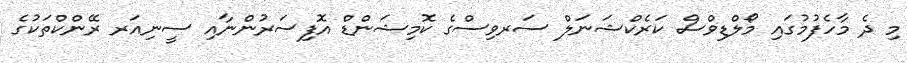
މި ދެ މާހެފުމުގައި މޯލްޑިވްސް ކަރެކްޝަނަލް ސަރވިސްގެ ކޮމިޝަންޑް އޮފިސަރުންނާއި ސީނިއަރ ރޭންކްތަކުގެ